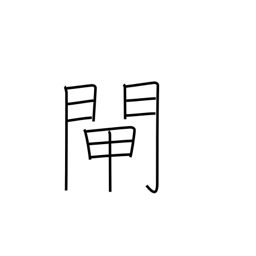
Meaning: water gate